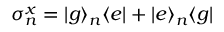
\sigma _ { n } ^ { x } = | g \rangle _ { n } \langle e | + | e \rangle _ { n } \langle g |